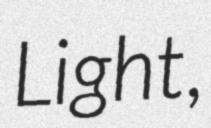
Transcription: Light,